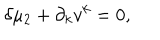
\delta \mu _ { 2 } + \partial _ { k } v ^ { k } = 0 ,